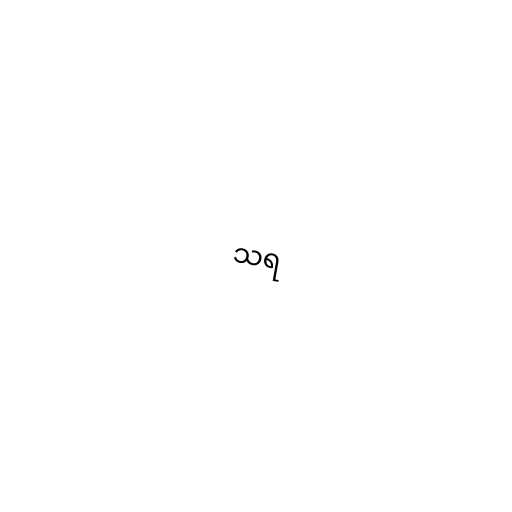
သရ